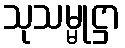
သုသမ္မုဋ္ဌာ